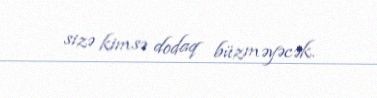
sizə kimsə dodaq büzməyəcək.